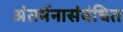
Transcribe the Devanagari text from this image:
अंतर्मनासंबंधित